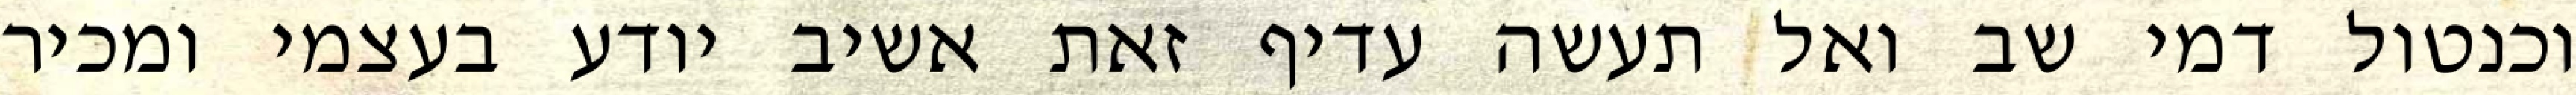
וכנטול דמי שב ואל תעשה עדיף זאת אשיב יודע בעצמי ומכיר